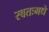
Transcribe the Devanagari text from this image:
स्वतःमधे